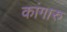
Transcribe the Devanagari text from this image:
कांगारु